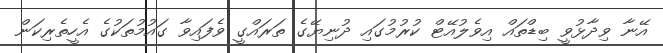
އޭނާ ވިދާޅުވީ ބިޑްތައް އިވެލުއޭޓް ކުރުމުގައި ދުނިޔޭގެ ތަރައްގީ ވެފައިވާ ގައުމުތަކުގެ އެހީތެރިކަން